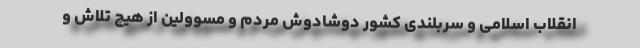
انقلاب اسلامی و سربلندی کشور دوشادوش مردم و مسوولین از هیچ تلاش و